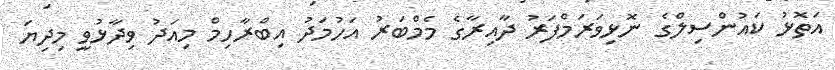
އަތޮޅު ކައުންސިލްގެ ނޮޅިވަރަމްފަރު ދާއިރާގެ މެމްބަރު އަހުމަދު އިބްރާހިމް މިއަދު ވިދާޅުވީ މިދިޔަ